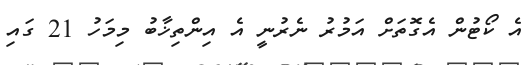
އެ ކޯޓުން އެގޮތަށް އަމުރު ނެރުނީ އެ އިންތިޚާބު މިމަހު 21 ގައި